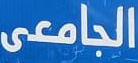
الجامعى